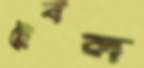
ট্রেবল